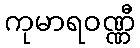
ကုမာရဝဏ္ဏီ